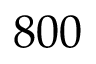
8 0 0